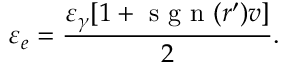
\varepsilon _ { e } = \frac { \varepsilon _ { \gamma } [ 1 + \mathrm { ~ s ~ g ~ n ~ } ( r ^ { \prime } ) v ] } { 2 } .